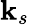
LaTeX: \mathbf{k}_{s}